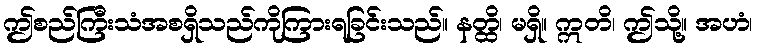
ဤစည်ကြီးသံအစရှိသည်ကိုကြားရခြင်းသည်။ နတ္ထိ၊ မရှိ။ ဣတိ၊ ဤသို့။ အဟံ၊